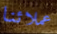
عملائنا